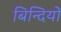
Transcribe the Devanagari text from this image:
बिन्दियों